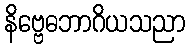
နိဗ္ဗေဓဘာဂိယသညာ